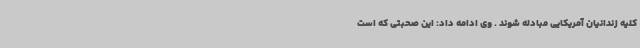
کلیه زندانیان آمریکایی مبادله شوند . وی ادامه داد: این صحبتی که است